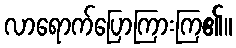
လာရောက်ပြောကြားကြ၏။